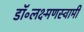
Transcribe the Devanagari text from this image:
डॉ॰लक्ष्मणस्वामी